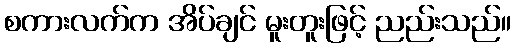
စကားလက်က အိပ်ချင် မူးတူးဖြင့် ညည်းသည်။